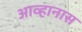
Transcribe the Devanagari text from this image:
आव्हानास